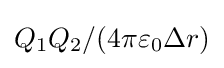
Q_{1}Q_{2}/(4\pi \varepsilon _{0}\Delta r)